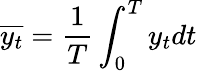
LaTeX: \overline{{y_{t}}}=\frac{1}{T}\int_{0}^{T}y_{t}dt